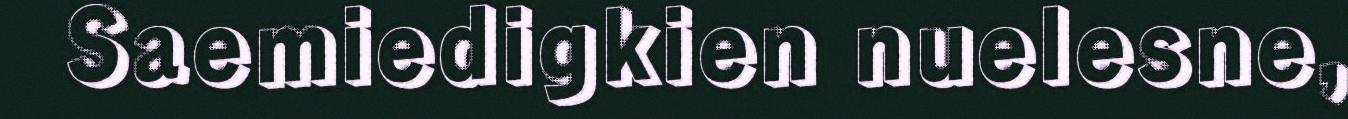
Saemiedigkien nuelesne,